Leaving Certificate Examination, 1906
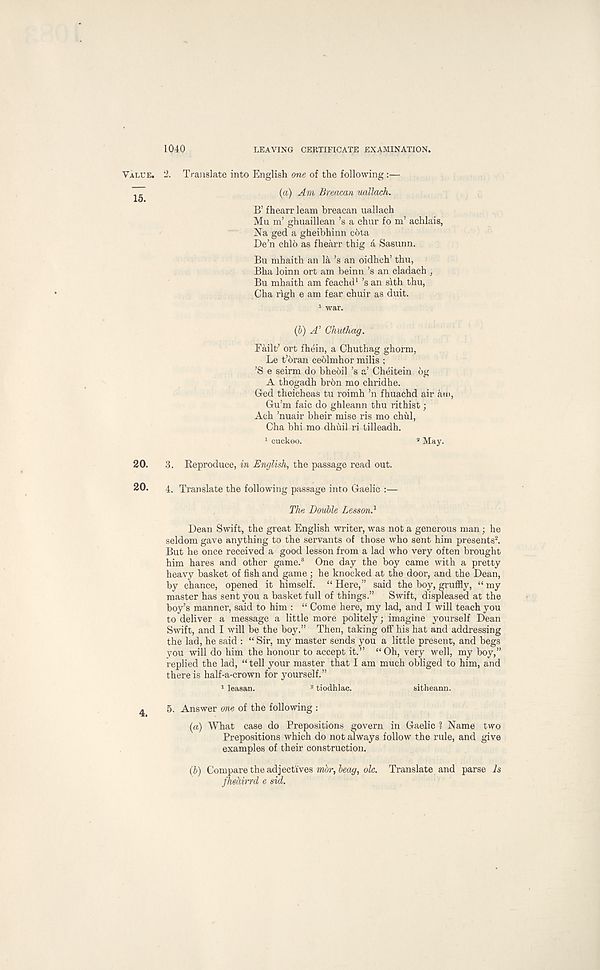
1040
LEAVING CERTIFICATE EXAMINATION.
Value, 2. Translate into English one of the following:—
(a) Am Breacan uallach.
B’ f hearr leam breacan uallach
Mu m’ ghuaillean’s a chur fo m : achlais,
Na ged a gheibhinn cbta
De’n chib as fhearr thig a Sasunn.
Bu mhaith an la’s an oidhch’ thu,
Bha loinn ort am beinn’s an cladach ,
Bu mhaith am feachd 1 ’s an sith thu,
Cha righ e am fear chuir as duit.
(b) A’ Chuthag.
Failt’ ort fhein, a Chuthag ghorm.
Le t’bran ceolmhor milis ;
’S e seirm do bhebil’s a’ Cheitein 6g
A thogadh br6n mo chridhe.
Ged theicheas tu roimh 5 n fhuachd air am,
Gu’m faic do ghleann thu rithist ;
Ach ’nuair bheir mise ris mo chul,
Cha bhi mo dhuil ri tilleadh.
1 cuckoo.
2 May.
20. 3. Reproduce, in English, the passage read out.
20. 4. Translate the following passage into Gaelic :—
The Double Lesson. 1
Dean Swift, the great English writer, was not a generous man; he
seldom gave anything to the servants of those who sent him presents 2 .
But he once received a good lesson from a lad who very often brought
him hares and other game. 3 One day the boy came with a pretty
heavy basket of fish and game ; he knocked at the door, and the Dean,
by chance, opened it himself. “ Here,” said the boy, gruffly, “ my
master has sent you a basket full of things.” Swift, displeased at the
boy’s manner, said to him : “ Come here, my lad, and I will teach you
to deliver a message a little more politely; imagine yourself Dean
Swift, and I will be the boy.” Then, taking off his hat and addressing
the lad, he said : “ Sir, my master sends you a little present, and begs
you will do him the honour to accept it.” “ Oh, very well, my boy,”
replied the lad, “ tell your master that I am much obliged to him, and
there is half-a-crown for yourself.”
1 leasan.
2 tiodhlac.
sitheann.
4 5. Answer me of the following :
(a) What case do Prepositions govern in Gaelic 1 Name two
Prepositions which do not always follow the rule, and give
examples of their construction.
(b) Compare the adjectives mor, beag, ole. Translate and parse Is
fheciirrd e sid.